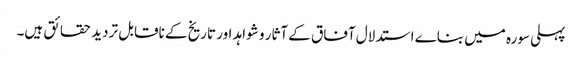
پہلی سورہ میں بناے استدلال آفاق کے آثار و شواہد اور تاریخ کے ناقابل تردید حقائق ہیں۔